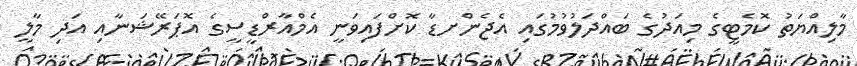
މާލިއްޔަތު ކޮމެޓީގެ މިއަދުގެ ބަައްދަލުވުމުގައި އެޖެންށޑާ ކޮށްފައިވަނީ އެމްއާރްޑީސީގެ އޮޕަރޭޝަނާއި އަދި މާލީ